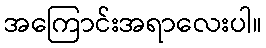
အကြောင်းအရာလေးပါ။